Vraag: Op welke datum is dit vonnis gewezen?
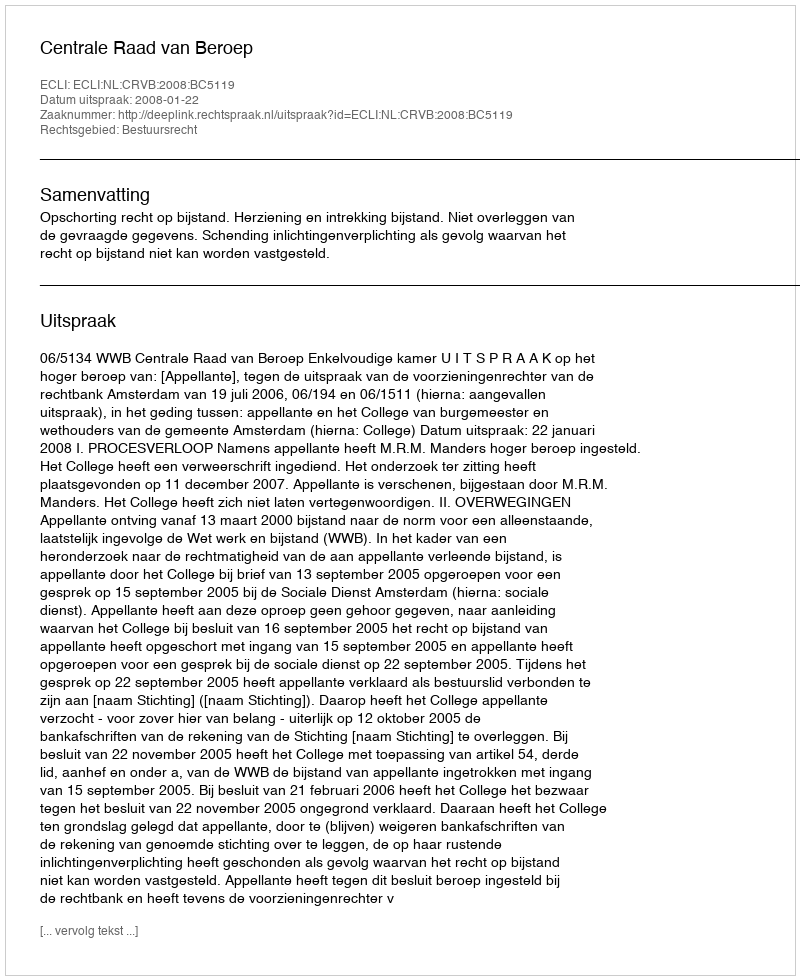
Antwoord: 2008-01-22